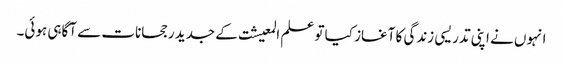
انہوں نے اپنی تدریسی زندگی کا آغاز کیا تو علم المعیشت کے جدید رجحانات سے آگاہی ہوئی۔